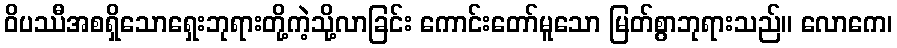
ဝိပဿီအစရှိသောရှေးဘုရားတို့ကဲ့သို့လာခြင်း ကောင်းတော်မူသော မြတ်စွာဘုရားသည်။ လောကေ၊